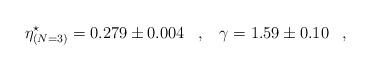
LaTeX: \begin{align*}\eta^\star_{(N=3)}=0.279\pm 0.004\,\,\,\,\,,\,\,\,\,\,\gamma=1.59\pm 0.10\,\,\,\,\,,\,\,\,\,\,\end{align*}